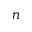
n